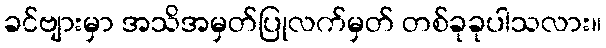
ခင်ဗျားမှာ အသိအမှတ်ပြုလက်မှတ် တစ်ခုခုပါသလား။